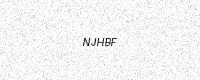
Text: NJHBF